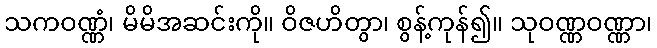
သကဝဏ္ဏံ၊ မိမိအဆင်းကို။ ဝိဇဟိတွာ၊ စွန့်ကုန်၍။ သုဝဏ္ဏဝဏ္ဏာ၊